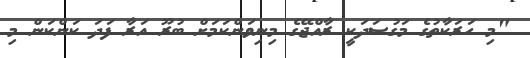
"މި ހަރަކާތުގެ މަގުސަދަކީ ރާއްޖޭގެ މިނިވަންކަމަށް ބުރޫ އަރާ ފަދަ ކަންކަން މި